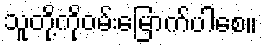
သူတို့ကိုဝမ်းမြောက်ပါစေ။